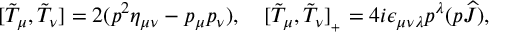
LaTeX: [ \tilde { \cal T } _ { \mu } , \tilde { \cal T } _ { \nu } ] = 2 ( p ^ { 2 } \eta _ { \mu \nu } - p _ { \mu } p _ { \nu } ) , \quad [ \tilde { \cal T } _ { \mu } , \tilde { \cal T } _ { \nu } ] _ { { } _ { + } } = 4 i \epsilon _ { \mu \nu \lambda } p ^ { \lambda } ( p \widehat { J } ) ,